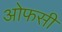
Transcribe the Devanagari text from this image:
ओफसी